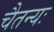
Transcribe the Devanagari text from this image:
चैतन्यः